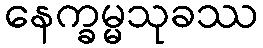
နေက္ခမ္မသုခဿ